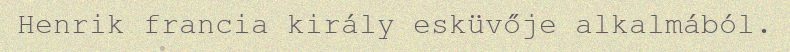
Henrik francia király esküvője alkalmából.